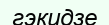
гэкидзе